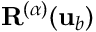
\mathbf { R } ^ { ( \alpha ) } ( { \mathbf { u } } _ { b } )